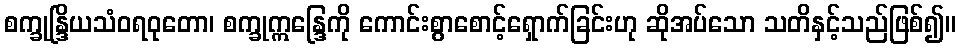
စက္ခုန္ဒြိယသံဝရဝုတော၊ စက္ခုဣန္ဒြေကို ကောင်းစွာစောင့်ရှောက်ခြင်းဟု ဆိုအပ်သော သတိနှင့်သည်ဖြစ်၍။